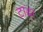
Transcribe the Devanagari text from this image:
टाढा